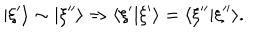
| \xi ^ { \prime } \rangle \sim | \xi ^ { \prime \prime } \rangle \Rightarrow \langle \xi ^ { \prime } | \xi ^ { \prime } \rangle = \langle \xi ^ { \prime \prime } | \xi ^ { \prime \prime } \rangle .